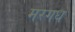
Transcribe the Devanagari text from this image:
मरगध